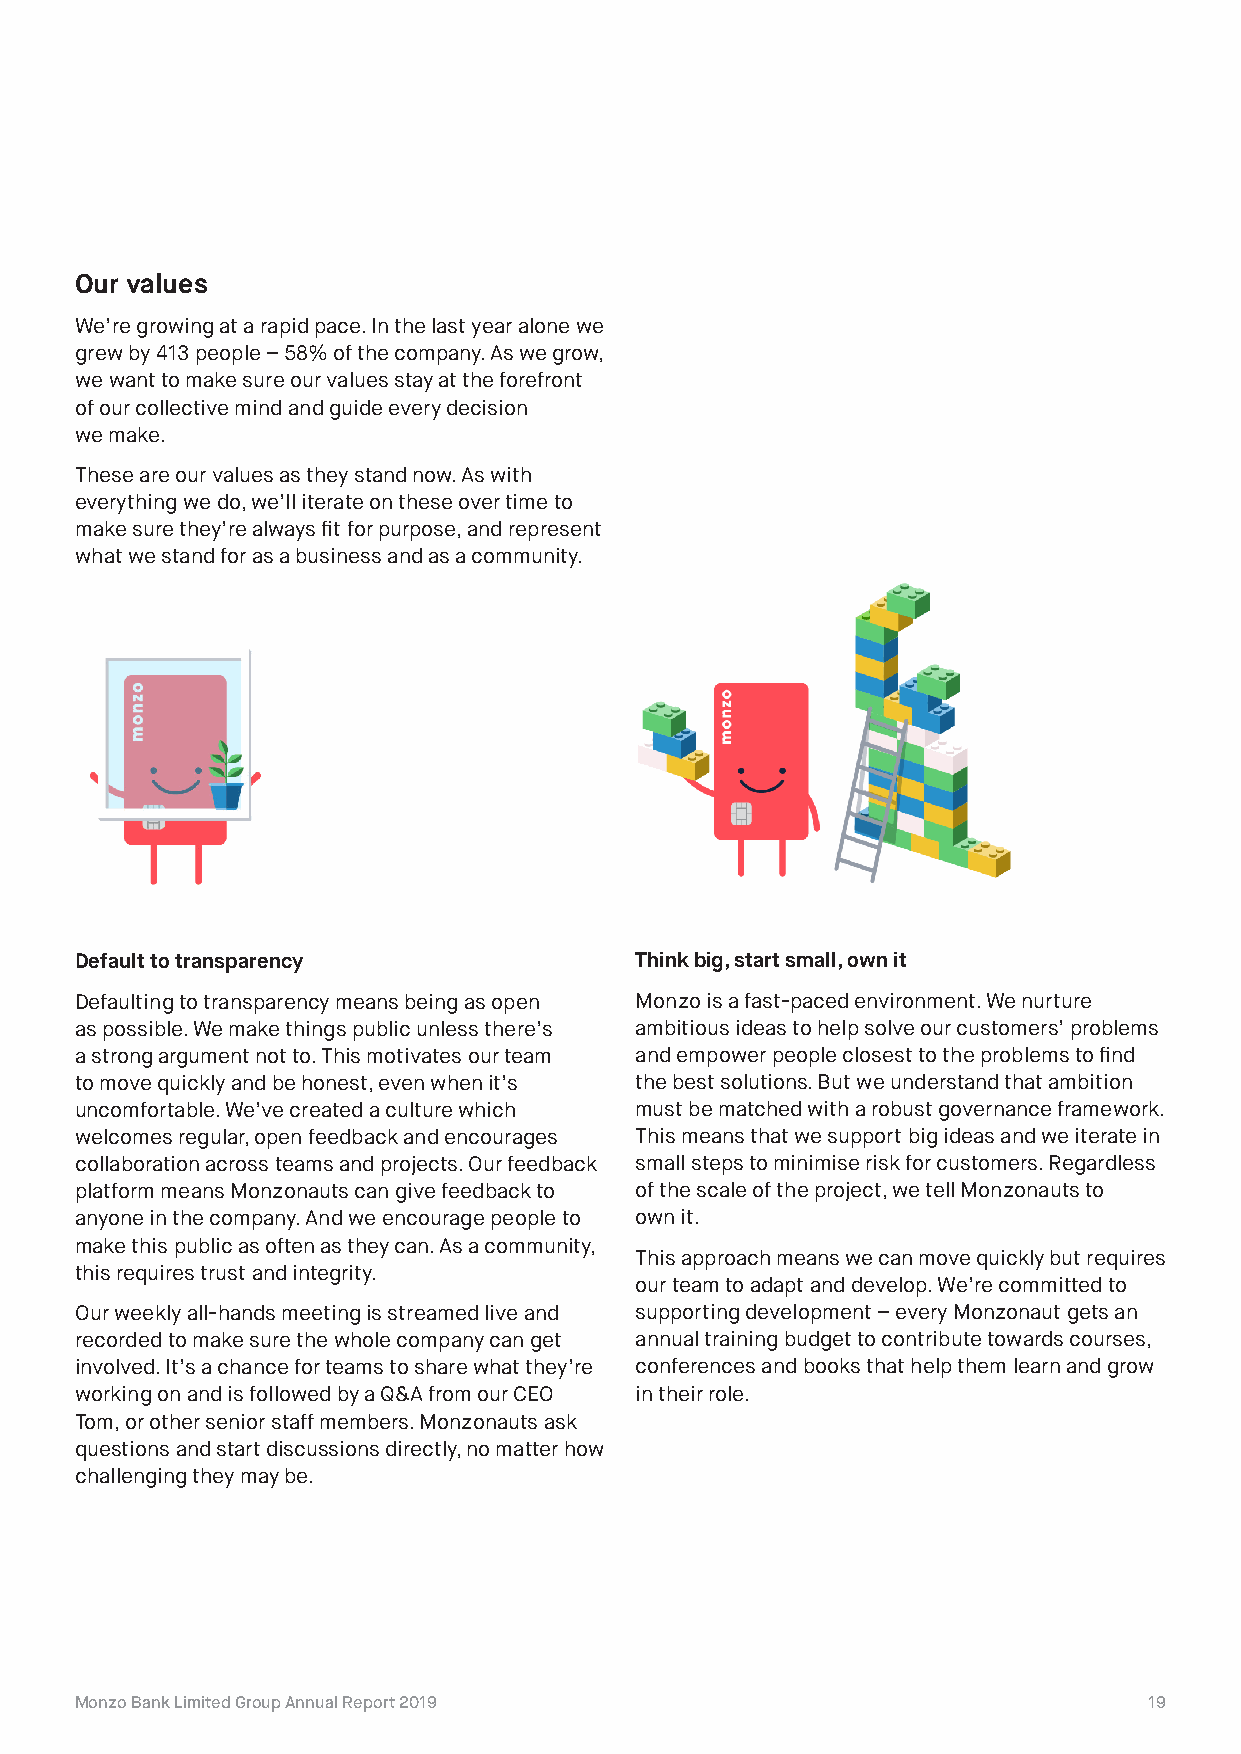
Our values
 We’re growing at a rapid pace. In the last year alone we
 grew by 413 people – 58% of the company. As we grow,
 we want to make sure our values stay at the forefront
 of our collective mind and guide every decision
 we make.
 These are our values as they stand now. As with
 everything we do, we’ll iterate on these over time to
 make sure they’re always fit for purpose, and represent
 what we stand for as a business and as a community.
 Default to transparency              Think big, start small, own it
 Defaulting to transparency means being as open Monzo is a fast-paced environment. We nurture
 as possible. We make things public unless there’s ambitious ideas to help solve our customers’ problems
 a strong argument not to. This motivates our team and empower people closest to the problems to find
 to move quickly and be honest, even when it’s the best solutions. But we understand that ambition
 uncomfortable. We’ve created a culture which must be matched with a robust governance framework.
 welcomes regular, open feedback and encourages This means that we support big ideas and we iterate in
 collaboration across teams and projects. Our feedback small steps to minimise risk for customers. Regardless
 platform means Monzonauts can give feedback to of the scale of the project, we tell Monzonauts to
 anyone in the company. And we encourage people to own it.
 make this public as often as they can. As a community,
 This approach means we can move quickly but requires
 this requires trust and integrity.
 our team to adapt and develop. We’re committed to
 Our weekly all-hands meeting is streamed live and supporting development – every Monzonaut gets an
 recorded to make sure the whole company can get annual training budget to contribute towards courses,
 involved. It’s a chance for teams to share what they’re conferences and books that help them learn and grow
 working on and is followed by a Q&A from our CEO in their role.
 Tom, or other senior staff members. Monzonauts ask
 questions and start discussions directly, no matter how
 challenging they may be.
 Monzo Bank Limited Group Annual Report 2019                            19